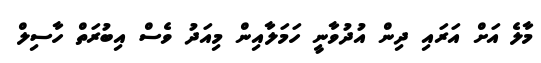
މާލެ އަށް އަރައި ދިން އުދުވާނީ ހަމަލާއިން މިއަދު ވެސް އިބުރަތް ހާސިލް